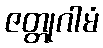
ဇတ္တုဂါမံ